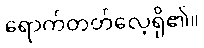
ရောက်တတ်လေ့ရှိ၏။